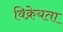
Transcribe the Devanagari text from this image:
विक्रेयता